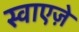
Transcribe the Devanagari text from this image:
स्वाएज़े